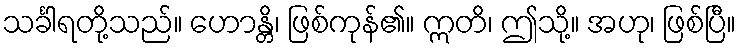
သင်္ခါရတို့သည်။ ဟောန္တိ၊ ဖြစ်ကုန်၏။ ဣတိ၊ ဤသို့။ အဟု၊ ဖြစ်ပြီ။